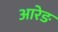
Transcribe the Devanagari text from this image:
आरेङ